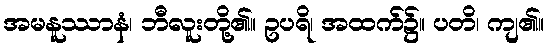
အမနူဿာနံ၊ ဘီလူးတို့၏။ ဥပရိ၊ အထက်၌။ ပတိ၊ ကျ၏။